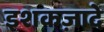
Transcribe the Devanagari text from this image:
इशकज़ादे